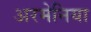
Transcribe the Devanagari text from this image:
अरमेनिया